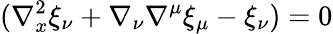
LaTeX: (\nabla_{x}^{2}\xi_{\nu}+\nabla_{\nu}\nabla^{\mu}\xi_{\mu}-\xi_{\nu})=0